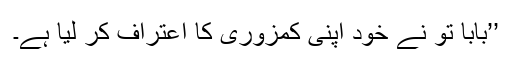
’’بابا تو نے خود اپنی کمزوری کا اعتراف کر لیا ہے۔